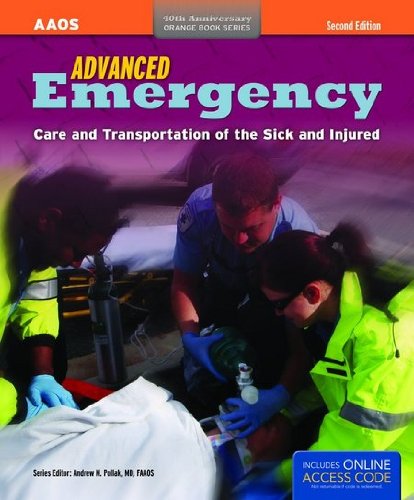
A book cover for Advanced Emergency Care And Transportation Of The Sick And Injured (Orange Book); American Academy of Orthopaedic Surgeons (AAOS); Medical Books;